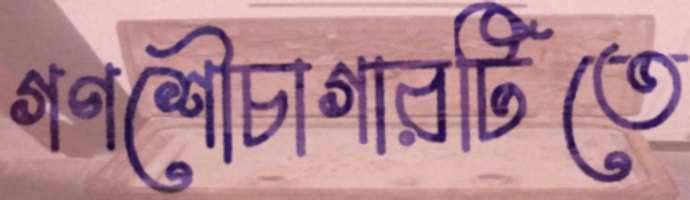
গণশৌচাগারটিতে